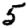
Digit: 5